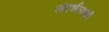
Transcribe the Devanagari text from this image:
संदर्भलक्ष्यी